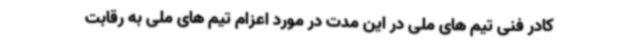
کادر فنی تیم های ملی در این مدت در مورد اعزام تیم های ملی به رقابت